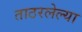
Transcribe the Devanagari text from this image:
ताठरलेल्या